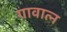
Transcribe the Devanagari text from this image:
गावात्न